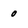
Character: 0